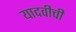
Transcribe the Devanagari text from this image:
यादवीची